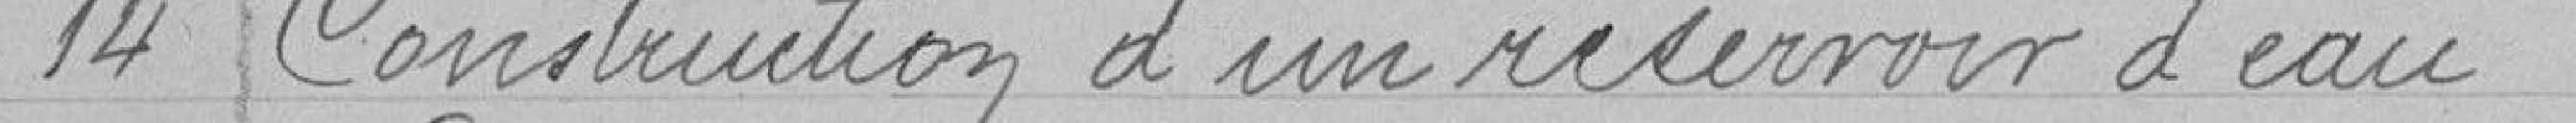
14 Construction d'un réservoir d'eau